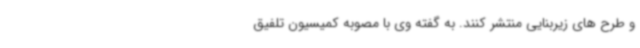
و طرح های زیربنایی منتشر کنند. به گفته وی با مصوبه کمیسیون تلفیق